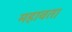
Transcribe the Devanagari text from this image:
महावत।